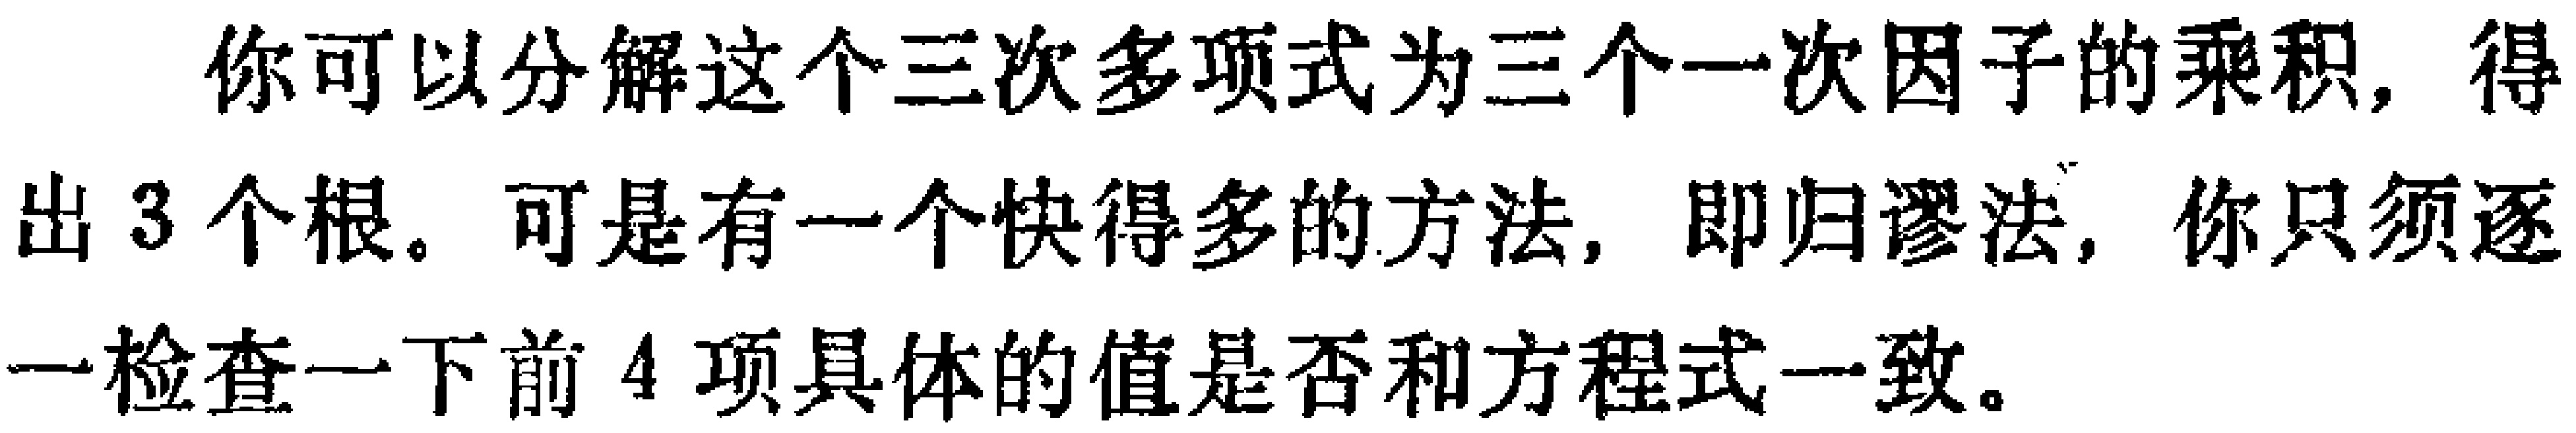
你可以分解这个三次多项式为三个一次因子的乘积，得出 3 个根。可是有一个快得多的方法，即归谬法，你只须逐一检查一下前 4 项具体的值是否和方程式一致。